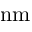
\mathrm { n m }